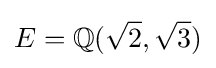
E=\mathbb {Q} ({\sqrt {2}},{\sqrt {3}})